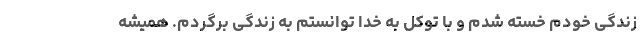
زندگی خودم خسته شدم و با توکل به خدا توانستم به زندگی برگردم. همیشه